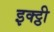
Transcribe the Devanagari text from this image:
इक्ट्ठी